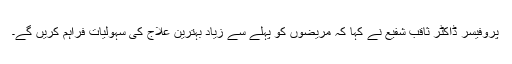
پروفیسر ڈاکٹر ثاقب شفیع نے کہا کہ مریضوں کو پہلے سے زیاد بہترین علاج کی سہولیات فراہم کریں گے۔